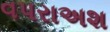
વપરાઅશ